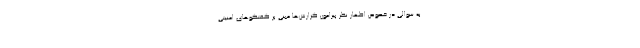
به سوالی در خصوص اظهار نظر پیرامون گزارش‌ها مبنی بر گفتگوهای امنیتی